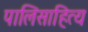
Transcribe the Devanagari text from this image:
पालिसाहित्य